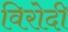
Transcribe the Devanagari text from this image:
विरोदी